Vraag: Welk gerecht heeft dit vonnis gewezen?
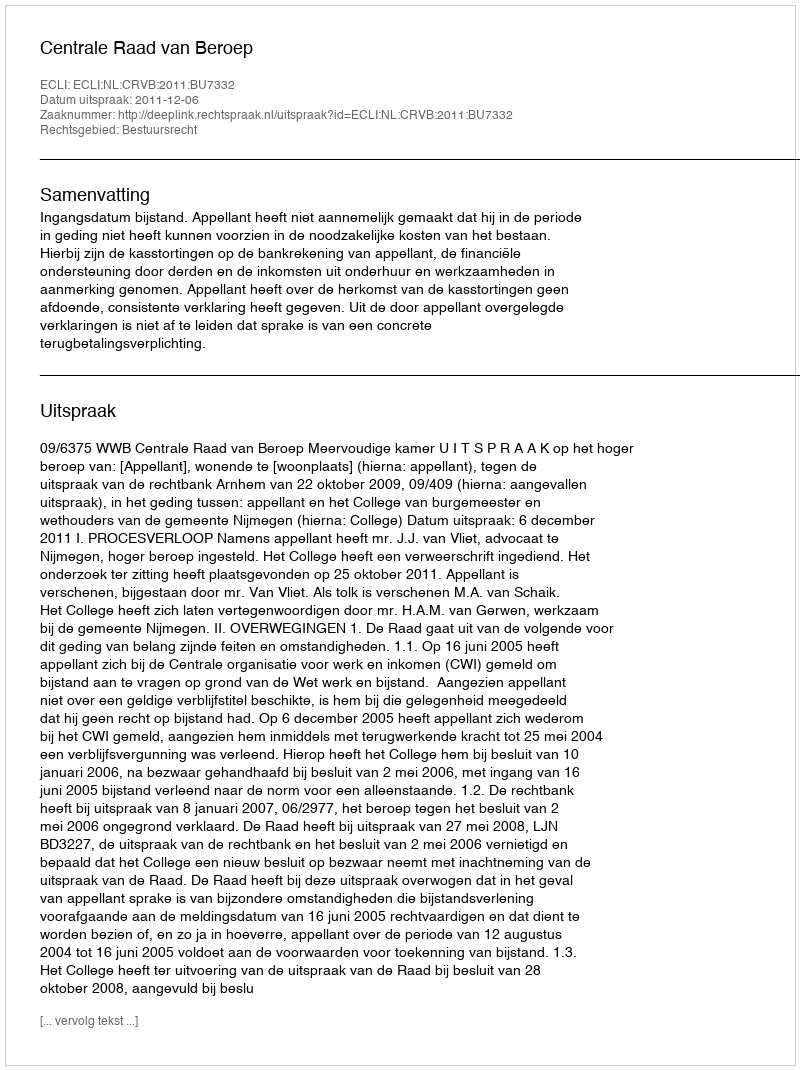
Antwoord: Centrale Raad van Beroep